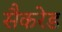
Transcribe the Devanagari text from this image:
सैकरेड